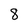
Character: 8